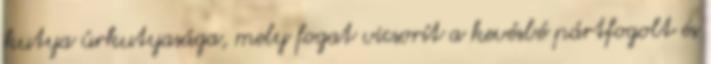
kutya úrkutyasága, mely fogat vicsorít a kevésbé pártfogolt és